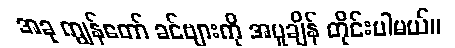
အခု ကျွန်တော် ခင်ဗျားကို အပူချိန် တိုင်းပါမယ်။